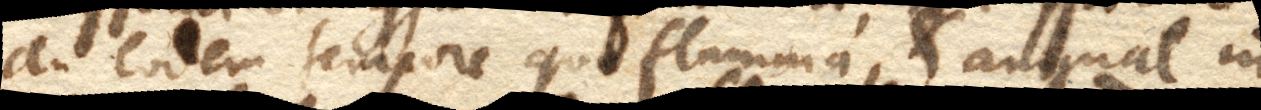
An eodem tempore quo flamma, et animal in